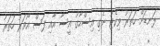
ލަނޑަށް ހަތަރު ވިކެޓު ނެގި އިސްހާގު އީސާ އާއި ފަސް އޯވަރު ހަތަރު